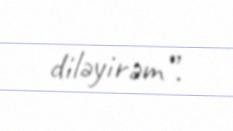
diləyirəm”.